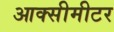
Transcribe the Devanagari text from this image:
आक्सीमीटर